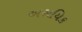
અરાયિક